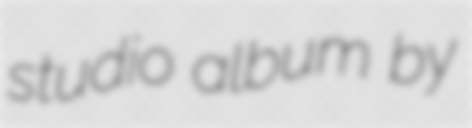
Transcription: studio album by